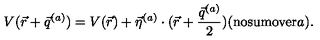
V ( \vec { r } + \vec { q } ^ { ( a ) } ) = V ( \vec { r } ) + \vec { \eta } ^ { ( a ) } \cdot ( \vec { r } + \frac { \vec { q } ^ { ( a ) } } { 2 } ) ( \mathrm { n o s u m o v e r \mit a ) . }